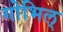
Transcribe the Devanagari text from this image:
गोभिल्